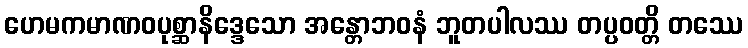
ဟေမကမာဏဝပုစ္ဆာနိဒ္ဒေသော အန္တောဘဝနံ ဘူတပါလဿ တပ္ပဝတ္တိ တဿေ